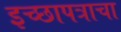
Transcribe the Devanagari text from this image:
इच्छापत्राचा